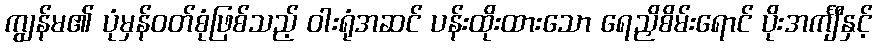
ကျွန်မ၏ ပုံမှန်ဝတ်စုံဖြစ်သည့် ဝါးရုံအဆင် ပန်းထိုးထားသော ရေညှိစိမ်းရောင် ပိုးအင်္ကျီနှင့်